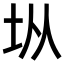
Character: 𭎂